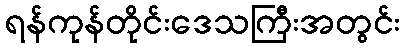
ရန်ကုန်တိုင်းဒေသကြီးအတွင်း